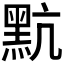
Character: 𪐦